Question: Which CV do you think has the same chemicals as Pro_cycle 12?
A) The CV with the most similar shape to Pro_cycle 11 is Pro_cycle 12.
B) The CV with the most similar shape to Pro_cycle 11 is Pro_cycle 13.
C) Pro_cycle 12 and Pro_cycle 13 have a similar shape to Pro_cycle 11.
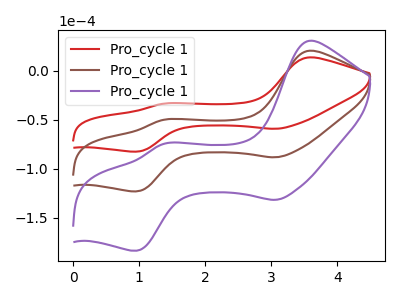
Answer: <think>The red curve "Pro_cycle 11" has anodic peaks at (3.55V, 13.80uA) (1.35V, -33.50uA) and cathodic peaks at (3.05V, -59.10uA) (0.95V, -82.45uA). The brown curve "Pro_cycle 12" has anodic peaks at (3.55V, 20.60uA) (1.35V, -50.00uA) and cathodic peaks at (3.05V, -88.25uA) (0.95V, -123.05uA). The purple curve "Pro_cycle 13" has anodic peaks at (3.55V, 41.15uA) (1.35V, -100.00uA) and cathodic peaks at (3.05V, -176.45uA) (0.95V, -246.05uA).
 All the peaks in "Pro_cycle 11" have a peak in "Pro_cycle 12" at the same potential. All the peaks in "Pro_cycle 11" have a peak in "Pro_cycle 13" at the same potential. All the peaks in "Pro_cycle 12" have a peak in "Pro_cycle 13" at the same potential.</think>
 <answer>C) "Pro_cycle 12" and "Pro_cycle 13" have a similar shape to "Pro_cycle 11".</answer>
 <eval>C</eval>